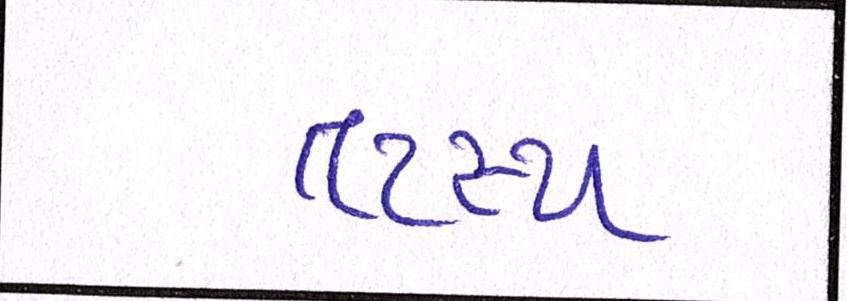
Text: તટસ્થ